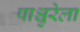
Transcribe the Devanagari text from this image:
पाश्चुरेला